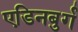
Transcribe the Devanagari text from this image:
एडिनबुर्ग